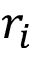
r _ { i }